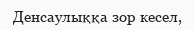
Денсаулыққа зор кесел,